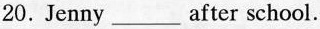
20.Jenny___after school.